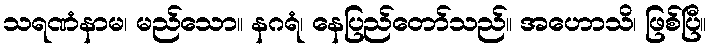
သရဏံနာမ၊ မည်သော။ နဂရံ၊ နေပြည်တော်သည်။ အဟောသိ၊ ဖြစ်ပြီ။